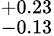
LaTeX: ^{+0.23}_{-0.13}